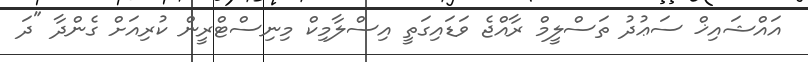
އައްޝައިޚް ސަޢުދު ތަސްލީމް ރާއްޖެ ވަޑައިގަތީ އިސްލާމިކް މިނިސްޓްރީން ކުރިއަށް ގެންދާ "ދަ